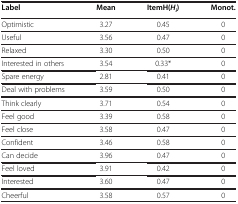
<table><thead><tr><td><b>Label</b></td><td><b>Mean</b></td><td><b>ItemH(<i>H</i><sub><i>i</i></sub>)</b></td><td><b>Monot.</b></td></tr></thead><tbody><tr><td>Optimistic</td><td>3.27</td><td>0.45</td><td>0</td></tr><tr><td>Useful</td><td>3.56</td><td>0.47</td><td>0</td></tr><tr><td>Relaxed</td><td>3.30</td><td>0.50</td><td>0</td></tr><tr><td>Interested in others</td><td>3.54</td><td>0.33*</td><td>0</td></tr><tr><td>Spare energy</td><td>2.81</td><td>0.41</td><td>0</td></tr><tr><td>Deal with problems</td><td>3.59</td><td>0.50</td><td>0</td></tr><tr><td>Think clearly</td><td>3.71</td><td>0.54</td><td>0</td></tr><tr><td>Feel good</td><td>3.39</td><td>0.58</td><td>0</td></tr><tr><td>Feel close</td><td>3.58</td><td>0.47</td><td>0</td></tr><tr><td>Confident</td><td>3.46</td><td>0.58</td><td>0</td></tr><tr><td>Can decide</td><td>3.96</td><td>0.47</td><td>0</td></tr><tr><td>Feel loved</td><td>3.91</td><td>0.42</td><td>0</td></tr><tr><td>Interested</td><td>3.60</td><td>0.47</td><td>0</td></tr><tr><td>Cheerful</td><td>3.58</td><td>0.57</td><td>0</td></tr></tbody></table>